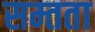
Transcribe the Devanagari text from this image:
सम्तता